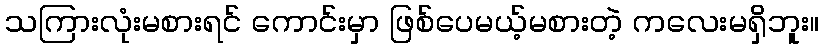
သကြားလုံးမစားရင် ကောင်းမှာ ဖြစ်ပေမယ့်မစားတဲ့ ကလေးမရှိဘူး။